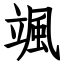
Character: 颯